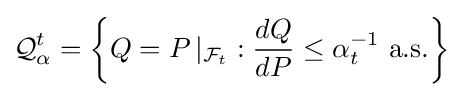
{\mathcal {Q}}_{\alpha }^{t}=\left\{Q=P\,\vert _{{\mathcal {F}}_{t}}:{\frac {dQ}{dP}}\leq \alpha _{t}^{-1}{\text{ a.s.}}\right\}